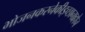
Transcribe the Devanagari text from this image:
भोजनकरनेकीइच्छानाहोन